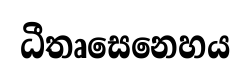
ධීතෘසෙනෙහය